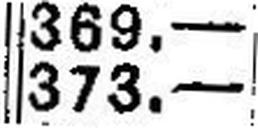
373.—